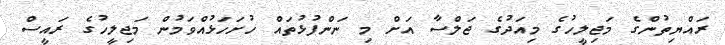
ރައްޔިތުންގެ މަޖިލީހުގެ މިއަދުގެ ޖަލްސާ އަށް މި ނަންފުޅުތައް ހުށަހަޅުއްވަމުން މަޖިލީހުގެ ރައީސް